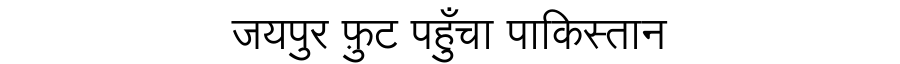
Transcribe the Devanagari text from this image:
जयपुर फ़ुट पहुँचा पाकिस्तान